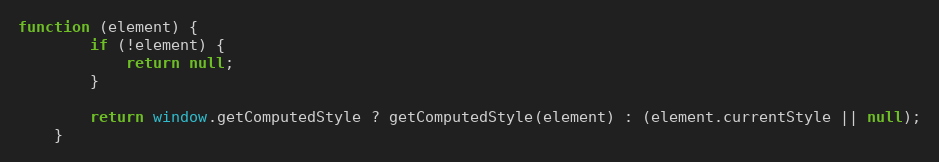
Language: JavaScript
function (element) {
		if (!element) {
			return null;
		}

		return window.getComputedStyle ? getComputedStyle(element) : (element.currentStyle || null);
	}